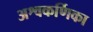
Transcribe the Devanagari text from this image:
अश्वकर्णिका